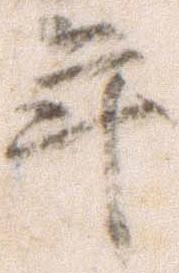
年